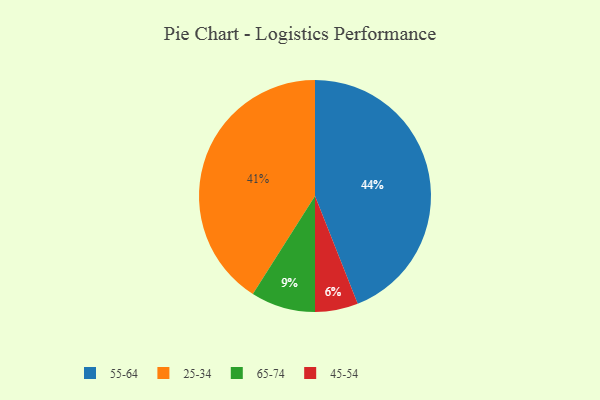
{"axis": {"x": "Category", "y": "Percentage"}, "legend": ["25-34", "45-54", "55-64", "65-74"], "data": [{"x": "25-34", "y": 41, "type": "25-34"}, {"x": "45-54", "y": 6, "type": "45-54"}, {"x": "55-64", "y": 44, "type": "55-64"}, {"x": "65-74", "y": 9, "type": "65-74"}]}